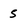
Character: 5